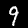
Label: 9